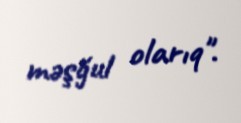
məşğul olarıq".